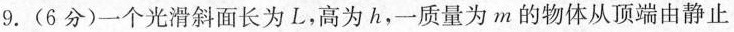
9.(6分)一个光滑斜面长为L，高为h，一质量为m的物体从顶端由静止